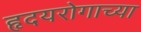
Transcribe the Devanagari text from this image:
हृदयरोगाच्या